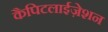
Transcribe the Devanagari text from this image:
कैपिटलाईज़ेशन